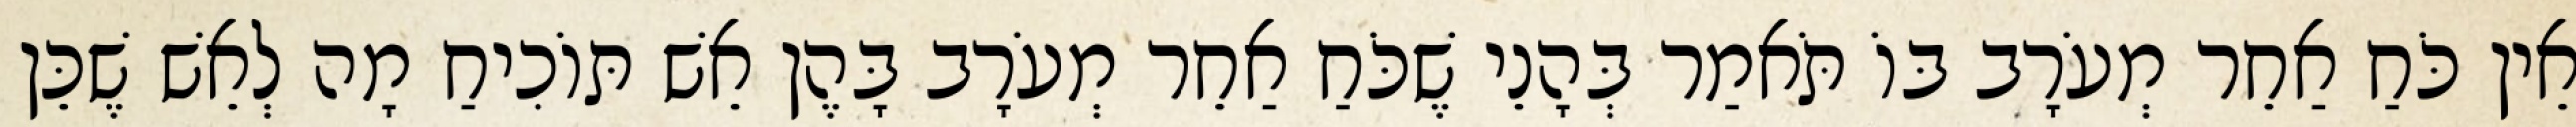
אֵין כֹּחַ אַחֵר מְעֹרָב בּוֹ תֹּאמַר בְּהָנֵי שֶׁכֹּחַ אַחֵר מְעֹרָב בָּהֶן אֵשׁ תּוֹכִיחַ מָה לְאֵשׁ שֶׁכֵּן